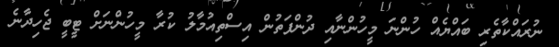
ނުރައްކާތެރި ބައްޔެއް ހުންނަ މީހުންނާއި ދުންފަތުން އިސްތިއުމާލު ކުރާ މީހުންނަށް ޓީބީ ޖެހިދާނެ